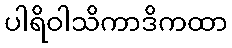
ပါရိဝါသိကာဒိကထာ